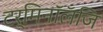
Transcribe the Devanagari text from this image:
टर्मिनॉलॅजि